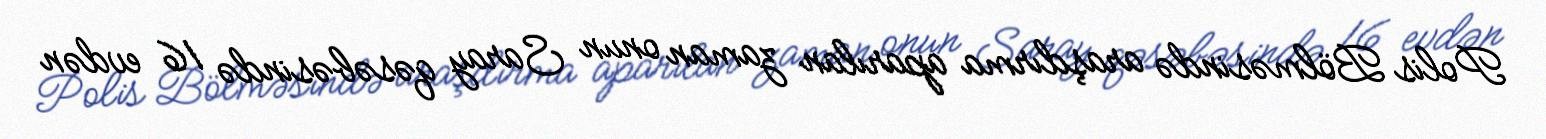
Polis Bölməsində araşdırma aparılan zaman onun Saray qəsəbəsində 16 evdən